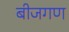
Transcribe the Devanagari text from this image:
बीजगण